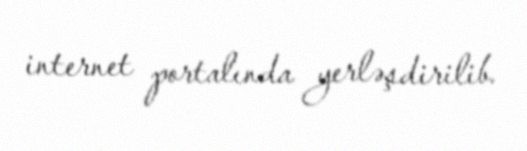
internet portalında yerləşdirilib.